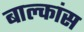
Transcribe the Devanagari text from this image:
बाल्कांस